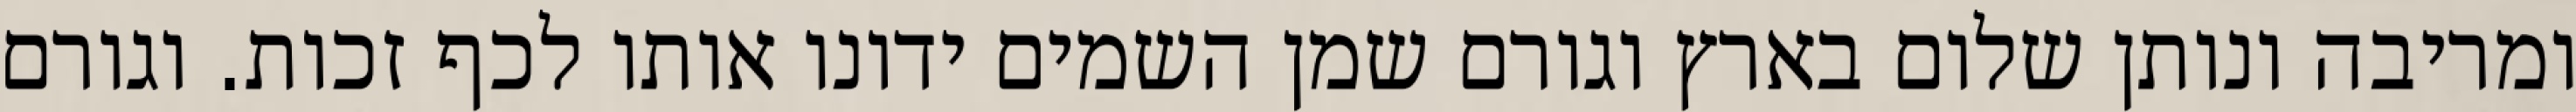
ומריבה ונותן שלום בארץ וגורם שמן השמים ידונו אותו לכף זכות. וגורם